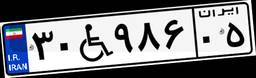
۳۰W۹۸۶۰۵